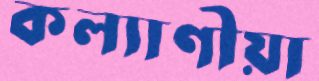
কল্যাণীয়া